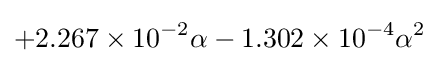
+2.267\times 10^{-2}\alpha -1.302\times 10^{-4}\alpha ^{2}